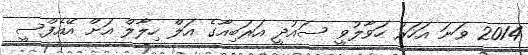
2014 ވަނަ އަހަރު ހަވާލުވީ ސައުދީ އަރަބިއާގެ އަލް ހިލާލް އަށް އޭއެފްސީ